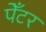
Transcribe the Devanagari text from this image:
पेँटर